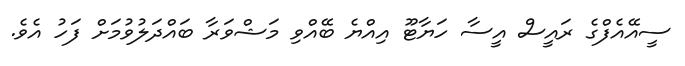
ސީއޭއެފްގެ ރައީސް އީސާ ހަޔާޓޫ އިއްޔެ ބޭއްވި މަޝްވަރާ ބައްދަލުވުމަށް ފަހު އެވެ.